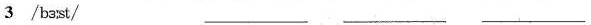
3 /bʒ:st/ ___ ___ ___